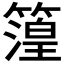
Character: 𮆐